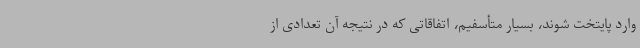
وارد پایتخت شوند، بسیار متأسفیم، اتفاقاتی که در نتیجه آن تعدادی از